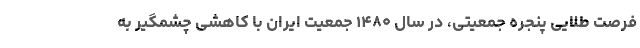
فرصت طلایی پنجره جمعیتی، در سال ۱۴۸۰ جمعیت ایران با کاهشی چشمگیر به